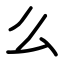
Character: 么